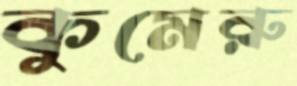
কুমেরু